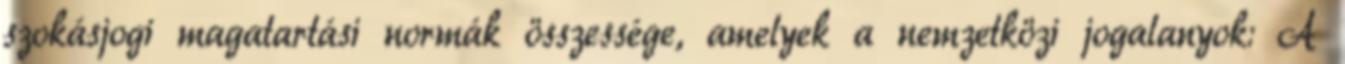
szokásjogi magatartási normák összessége, amelyek a nemzetközi jogalanyok: A